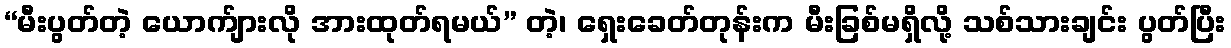
“မီးပွတ်တဲ့ ယောက်ျားလို အားထုတ်ရမယ်” တဲ့၊ ရှေးခေတ်တုန်းက မီးခြစ်မရှိလို့ သစ်သားချင်း ပွတ်ပြီး